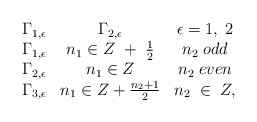
\begin{align*}\begin{array}{cccc}\Gamma_{1,\epsilon}&\Gamma_{2,\epsilon}&\epsilon=1,\;2\\\Gamma_{1,\epsilon}&n_1 \in Z\ +\;\frac{1}{2}& n_2\;odd\\\Gamma_{2,\epsilon}&n_1 \in Z &n_2\;even\\\Gamma_{3,\epsilon}&n_1 \in Z + \frac{n_2 +1}{2}&n_2\;\in\; Z,\end{array}\end{align*}